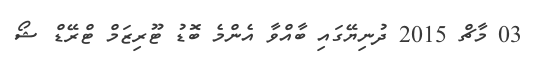
03 މާޗް 2015 ދުނިޔޭގައި ބާއްވާ އެންމެ ބޮޑު ޓޫރިޒަމް ޓްރޭޑް ޝޯ